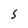
Character: S